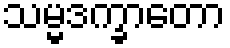
သမ္မဒက္ခာတော